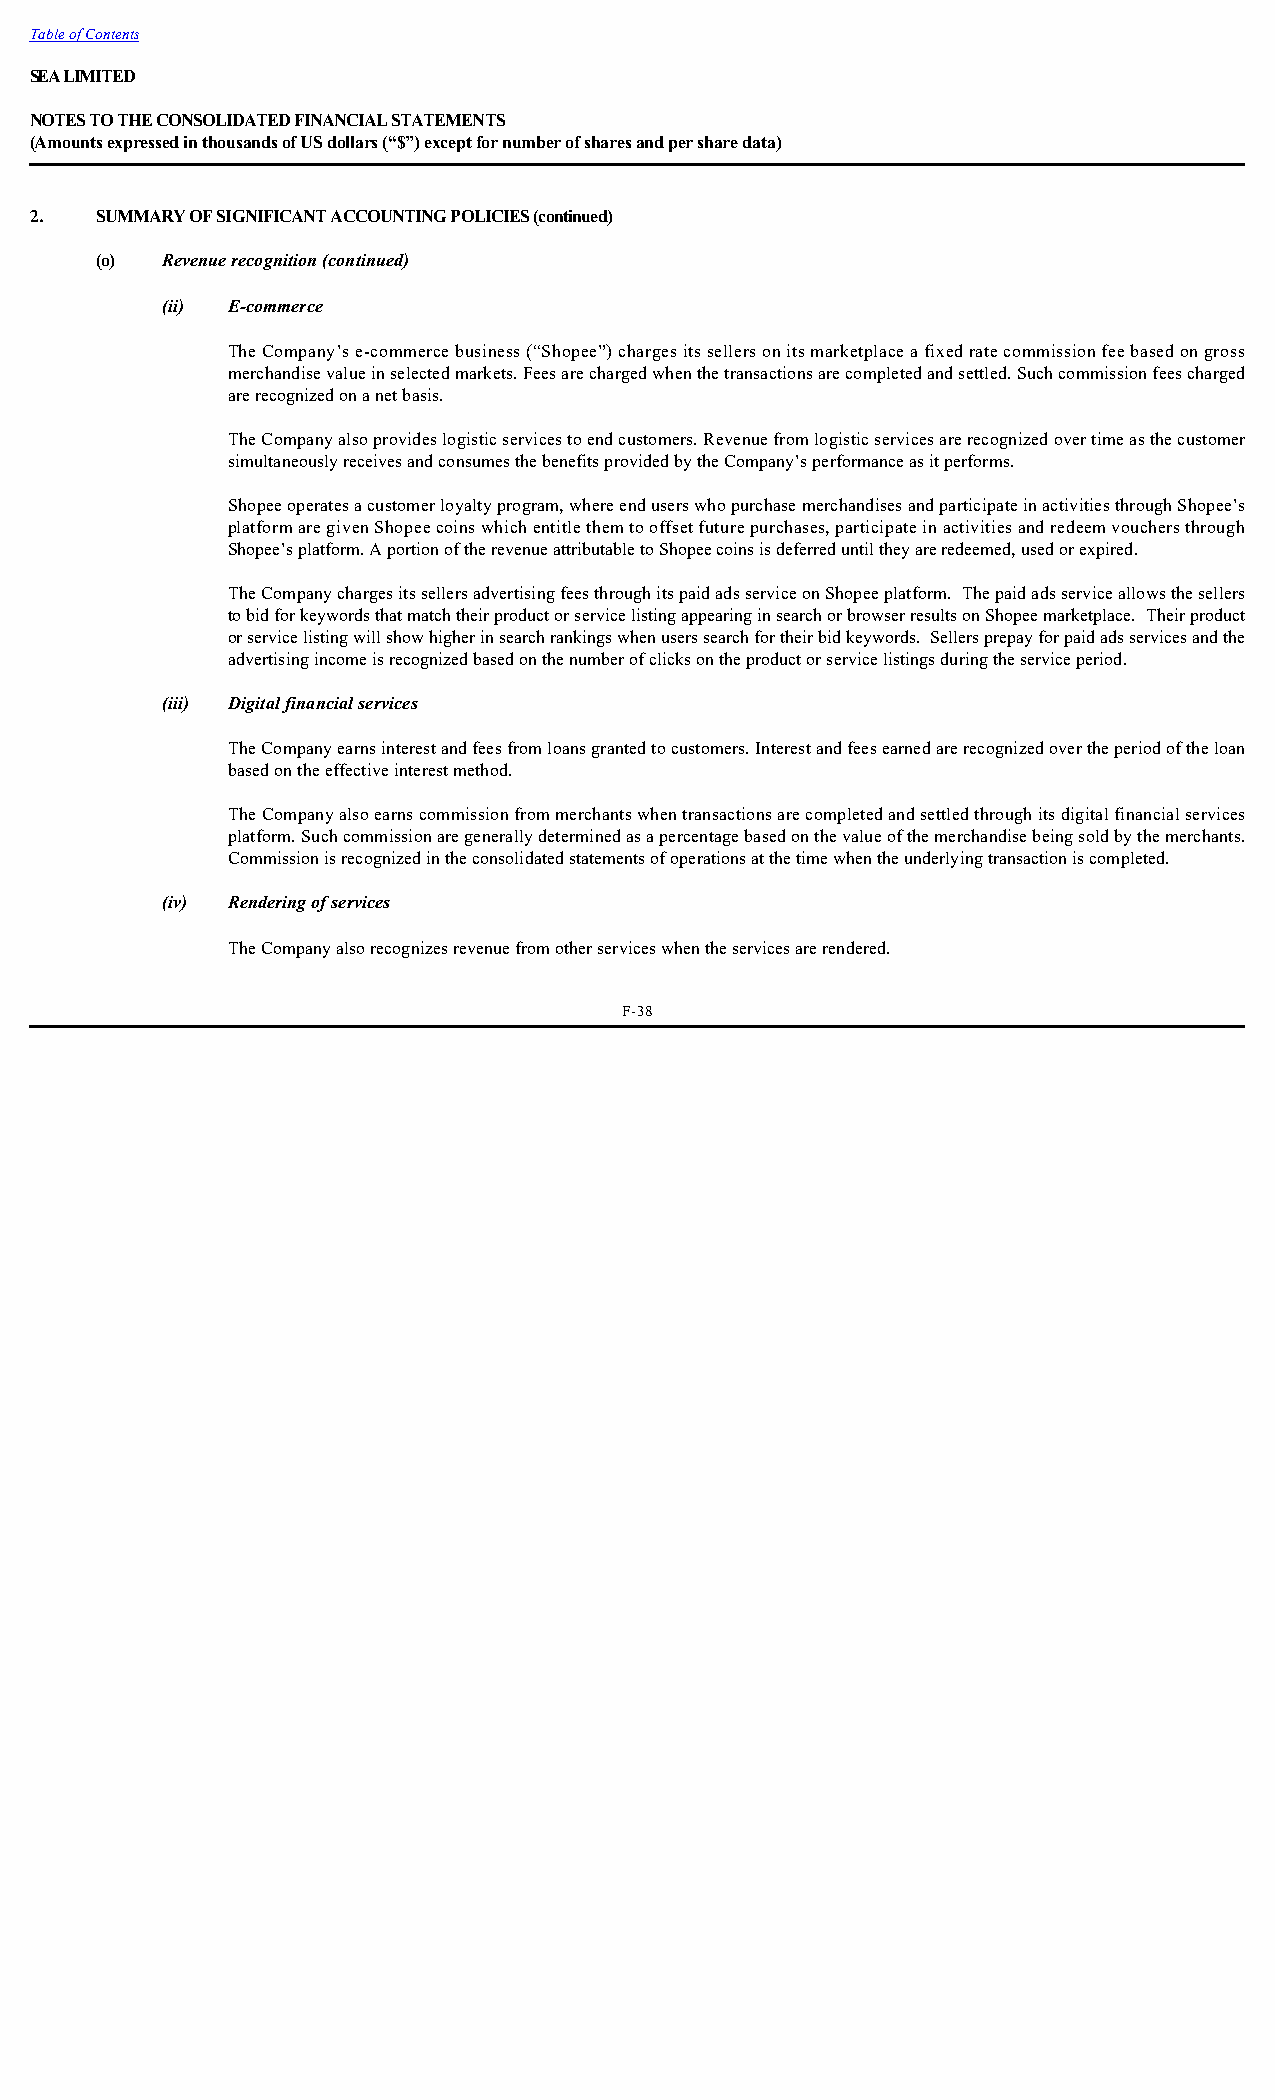
Table of Contents
 SEA LIMITED
 NOTES TO THE CONSOLIDATED FINANCIAL STATEMENTS
 (Amounts expressed in thousands of US dollars (“$”) except for number of shares and per share data)
 2.  SUMMARY OF SIGNIFICANT ACCOUNTING POLICIES (continued)
 (o)  Revenue recognition (continued)
 (ii) E-commerce
 The Company’s e-commerce business (“Shopee”) charges its sellers on its marketplace a fixed rate commission fee based on gross
 merchandise value in selected markets. Fees are charged when the transactions are completed and settled. Such commission fees charged
 are recognized on a net basis.
 The Company also provides logistic services to end customers. Revenue from logistic services are recognized over time as the customer
 simultaneously receives and consumes the benefits provided by the Company’s performance as it performs.
 Shopee operates a customer loyalty program, where end users who purchase merchandises and participate in activities through Shopee’s
 platform are given Shopee coins which entitle them to offset future purchases, participate in activities and redeem vouchers through
 Shopee’s platform. A portion of the revenue attributable to Shopee coins is deferred until they are redeemed, used or expired.
 The Company charges its sellers advertising fees through its paid ads service on Shopee platform. The paid ads service allows the sellers
 to bid for keywords that match their product or service listing appearing in search or browser results on Shopee marketplace. Their product
 or service listing will show higher in search rankings when users search for their bid keywords. Sellers prepay for paid ads services and the
 advertising income is recognized based on the number of clicks on the product or service listings during the service period.
 (iii) Digital financial services
 The Company earns interest and fees from loans granted to customers. Interest and fees earned are recognized over the period of the loan
 based on the effective interest method.
 The Company also earns commission from merchants when transactions are completed and settled through its digital financial services
 platform. Such commission are generally determined as a percentage based on the value of the merchandise being sold by the merchants.
 Commission is recognized in the consolidated statements of operations at the time when the underlying transaction is completed.
 (iv) Rendering of services
 The Company also recognizes revenue from other services when the services are rendered.
 F-38